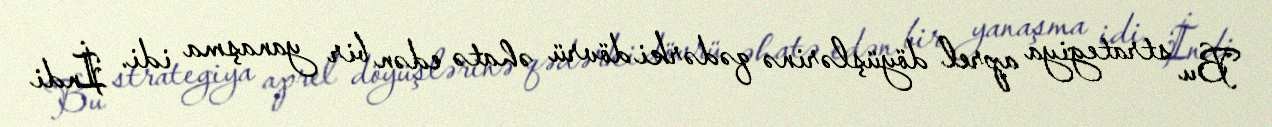
Bu strategiya aprel döyüşlərinə qədərki dövrü əhatə edən bir yanaşma idi. İndi